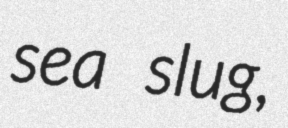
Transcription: sea slug,